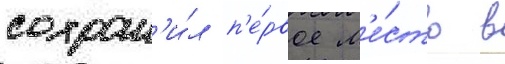
сохран'и́л п'е́рвое м'е́сто в